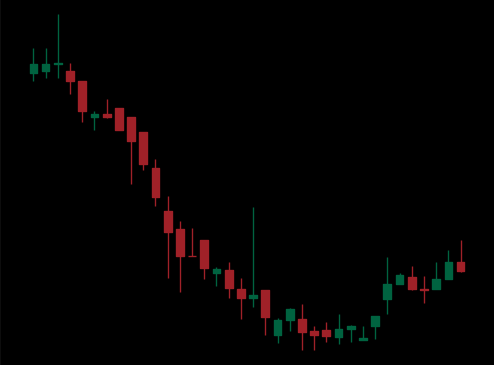
Pattern: bull_flag